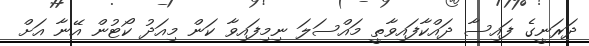
ދަރަނީގެ ފައިސާ ދައްކާފައިވާތީ މައްސަލަ ނިމިފައިވާ ކަން މިއަދު ކޯޓުން އޭނާ އަށް